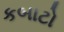
કબાટો